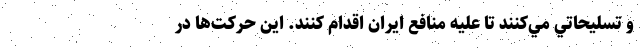
و تسليحاتي مي‌كنند تا عليه منافع ايران اقدام كنند. اين حركت‌ها در